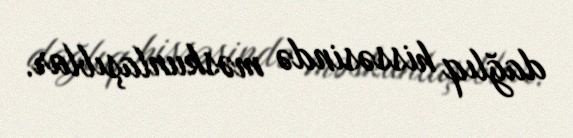
dağlıq hissəsində məskunlaşıblar.